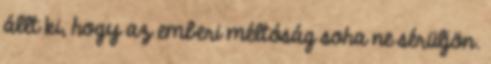
állt ki, hogy az emberi méltóság soha ne sérüljön.